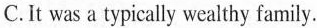
C.It was a typically weaithy family,.